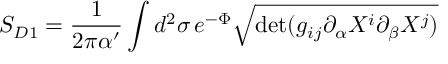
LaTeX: S _ { D 1 } = \frac { 1 } { 2 \pi \alpha ^ { \prime } } \int d ^ { 2 } \sigma \, e ^ { - \Phi } \sqrt { \mathrm { d e t } ( g _ { i j } \partial _ { \alpha } X ^ { i } \partial _ { \beta } X ^ { j } ) }